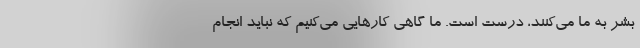
بشر به ما می‌کنند، درست است. ما گاهی کارهایی می‌کنیم که نباید انجام